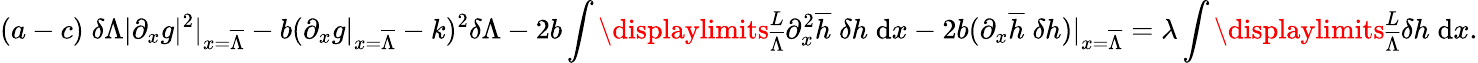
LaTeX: (a-c)\; \delta\Lambda|\partial_{x}g|^{2}|_{x=\overline{{\Lambda}}}-b(\partial_{x}g|_{x=\overline{{\Lambda}}}-k)^{2}\delta\Lambda-2b\int\displaylimits_{\overline{{\Lambda}}}^{L}{\partial_{x}^{2}\overline{{h}}\; \delta h\; \mathrm{d}x}-2b(\partial_{x}\overline{{h}}\; \delta h)|_{x=\overline{{\Lambda}}}=\lambda\int\displaylimits_{\overline{{\Lambda}}}^{L}{\delta h\; \mathrm{d}x}.